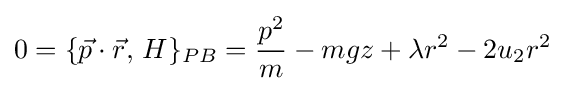
0=\{{\vec {p}}\cdot {\vec {r}},\,H\}_{PB}={\frac {p^{2}}{m}}-mgz+\lambda r^{2}-2u_{2}r^{2}